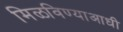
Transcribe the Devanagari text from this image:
मिळविण्याआधी